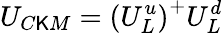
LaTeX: U_{C\mathsf{K}M}=\left(U_{L}^{u}\right)^{+}U_{L}^{d}